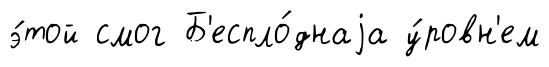
э́той смог Б'еспло́днаjа у́ровн'ем